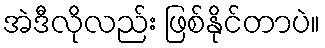
အဲဒီလိုလည်း ဖြစ်နိုင်တာပဲ။